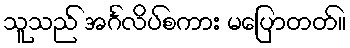
သူသည် အင်္ဂလိပ်စကား မပြောတတ်။